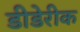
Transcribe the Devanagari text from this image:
डीडेरीक